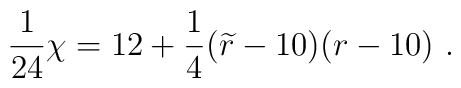
{1\over 24} \chi= 12+{1\over 4}({\widetilde r} -10) (r-10)~.